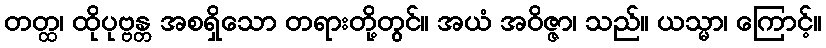
တတ္ထ၊ ထိုပုဗ္ဗန္တ အစရှိသော တရားတို့တွင်။ အယံ အဝိဇ္ဇာ၊ သည်။ ယသ္မာ၊ ကြောင့်။